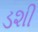
ડશી